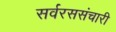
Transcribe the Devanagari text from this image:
सर्वरससंचारी